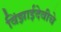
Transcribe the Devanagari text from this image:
विंझाईदेवीचे